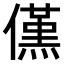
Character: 𠏽